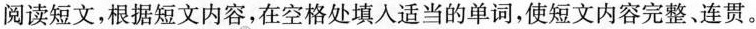
阅读短文,根据短文内容,在空格处填入适当的单词,使短文内容完整、连贯。